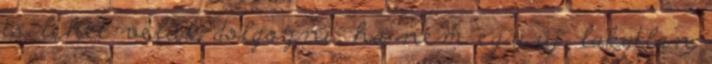
is lehet velük dolgozni, ha nem egy új, lakatlan